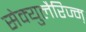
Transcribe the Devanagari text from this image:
सेक्युलैरिज्म़